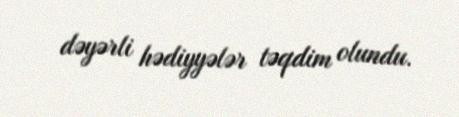
dəyərli hədiyyələr təqdim olundu.